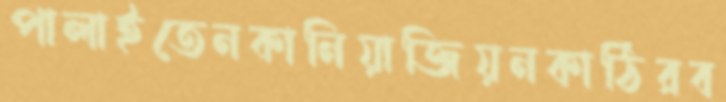
পালাইতেনকানিয়াজিয়নকাঠিরব